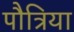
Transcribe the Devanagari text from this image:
पौत्रिया